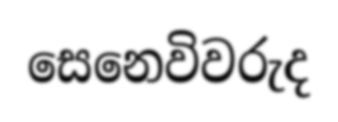
සෙනෙවිවරුද